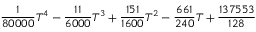
\frac { 1 } { 8 0 0 0 0 } T ^ { 4 } - \frac { 1 1 } { 6 0 0 0 } T ^ { 3 } + \frac { 1 5 1 } { 1 6 0 0 } T ^ { 2 } - \frac { 6 6 1 } { 2 4 0 } T + \frac { 1 3 7 5 5 3 } { 1 2 8 }